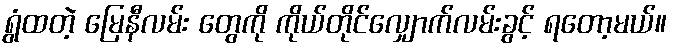
ရွံထတဲ့ မြေနီလမ်း တွေကို ကိုယ်တိုင်လျှောက်လမ်းခွင့် ရတော့မယ်။